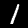
Label: 1